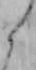
ら